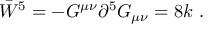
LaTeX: \bar { W } ^ { 5 } = - G ^ { \mu \nu } \partial ^ { 5 } G _ { \mu \nu } = 8 k \ .